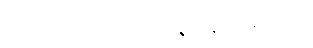
ဝိဿာသပရမာ ဉာတိ၊ နိဗ္ဗာနံ ပရမံ သုခံ။